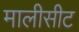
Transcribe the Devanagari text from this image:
मालीसीट